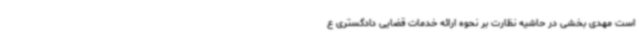
است مهدی بخشی در حاشیه نظارت بر نحوه ارائه خدمات قضایی دادگستری ع